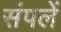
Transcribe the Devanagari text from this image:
संपलें